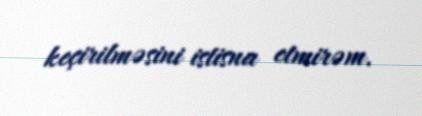
keçirilməsini istisna etmirəm.